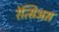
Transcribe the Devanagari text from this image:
रेत्सिअस